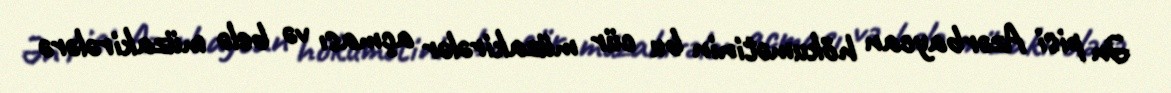
Ən pisi Azərbaycan hökumətinin bu cür müzakirələr açması və belə müzakirələrə